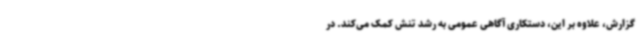
گزارش، علاوه بر این، دستکاری آگاهی عمومی به رشد تنش کمک می‌کند. در